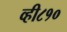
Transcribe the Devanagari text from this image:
व्ही८१०